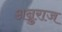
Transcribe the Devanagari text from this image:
अन्नुराज